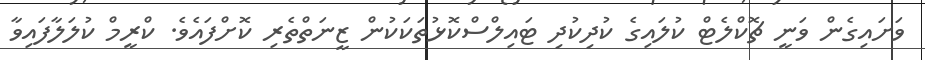
ވަށައިގެން ވަނީ ޗޮކްލެޓް ކުލައިގެ ކުދިކުދި ޓައިލްސްކޮޅުތަކަކުން ޒީނަތްތެރި ކޮށްފައެވެ. ކްރީމް ކުލަލާފައިވާ